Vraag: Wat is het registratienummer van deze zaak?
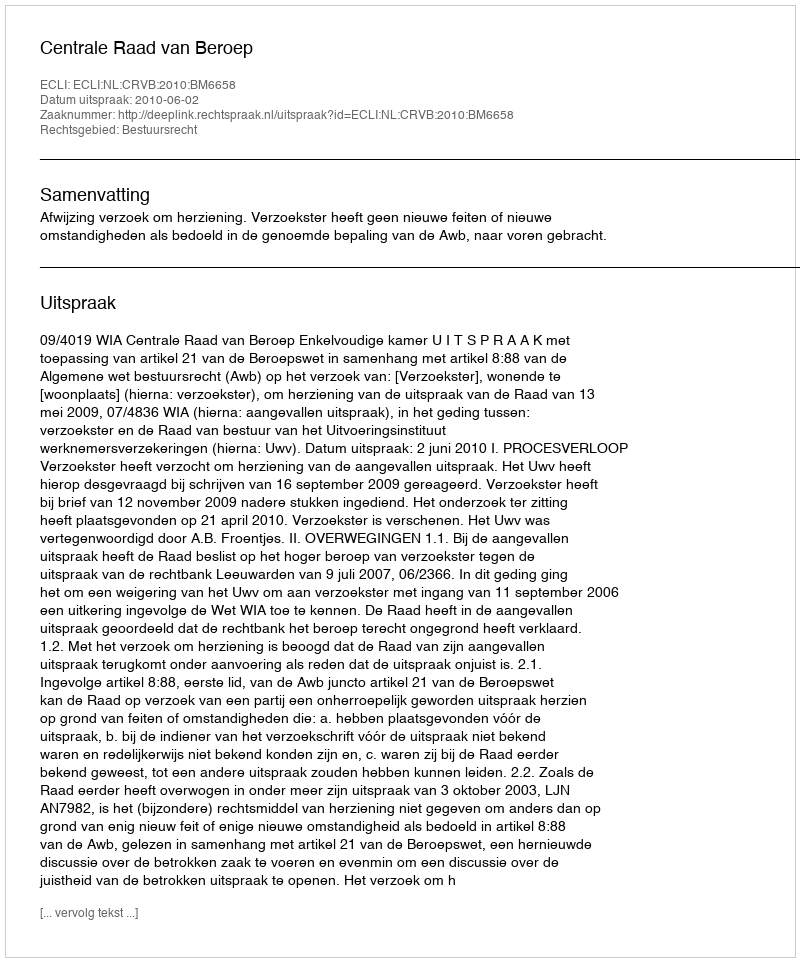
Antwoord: http://deeplink.rechtspraak.nl/uitspraak?id=ECLI:NL:CRVB:2010:BM6658